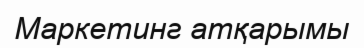
Маркетинг атқарымы